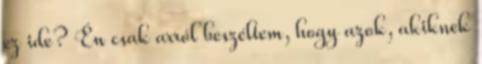
ez ide? Én csak arról beszéltem, hogy azok, akiknek